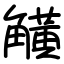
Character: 觵